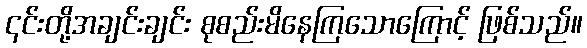
၎င်းတို့အချင်းချင်း စုစည်းမိနေကြသောကြောင့် ဖြစ်သည်။